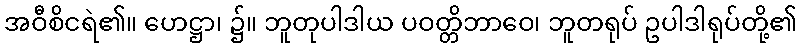
အဝီစိငရဲ၏။ ဟေဋ္ဌာ၊ ၌။ ဘူတုပါဒါယ ပဝတ္တိဘာဝေ၊ ဘူတရုပ် ဥပါဒါရုပ်တို့၏